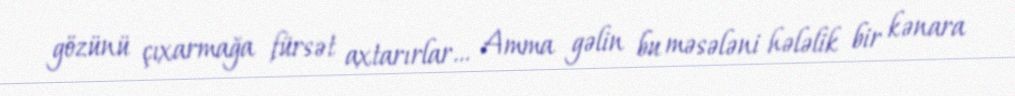
gözünü çıxarmağa fürsət axtarırlar… Amma gəlin bu məsələni hələlik bir kənara